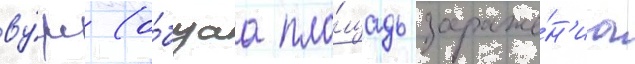
ву́рс (о́бщаа пло́щадь зараже́н'иа